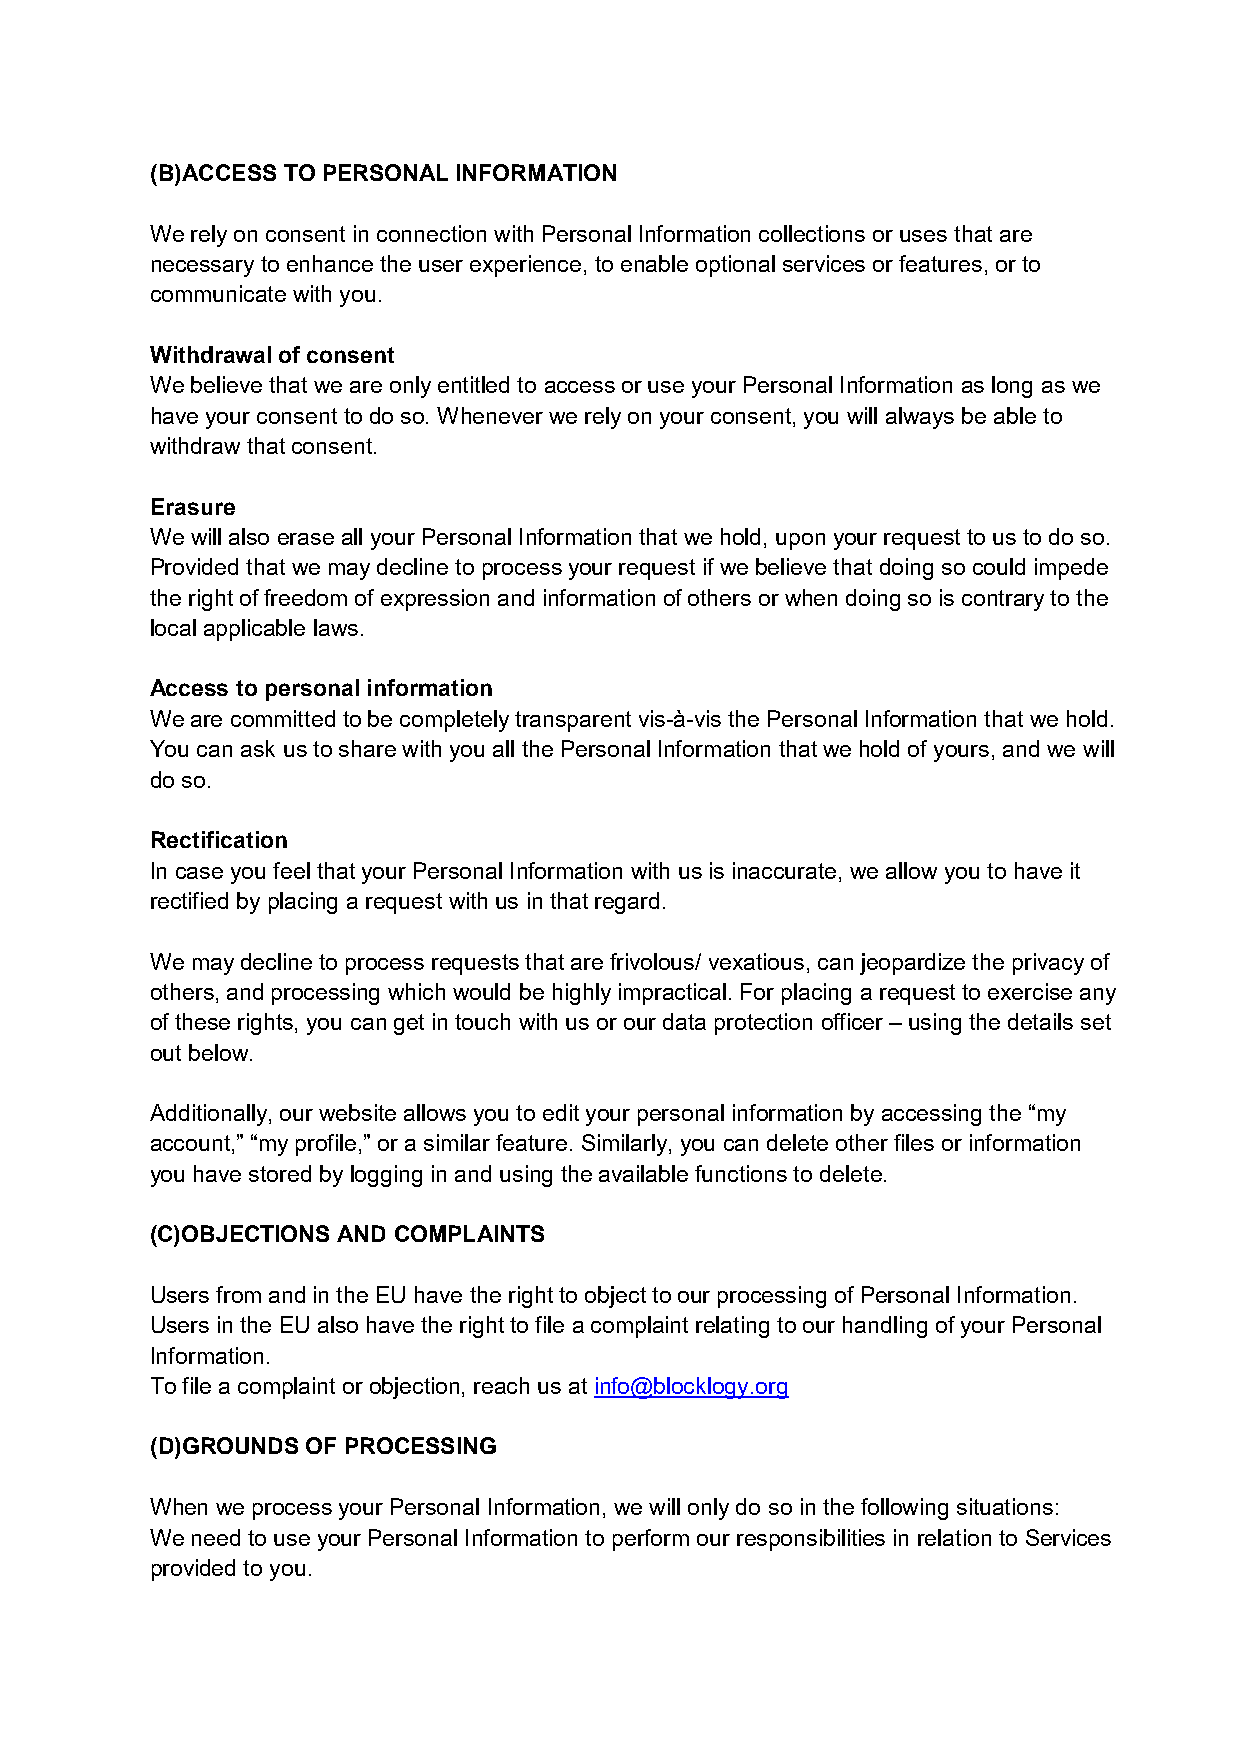
(B)ACCESS TO PERSONAL INFORMATION
 We rely on consent in connection with Personal Information collections or uses that are
 necessary to enhance the user experience, to enable optional services or features, or to
 communicate with you.
 Withdrawal of consent
 We believe that we are only entitled to access or use your Personal Information as long as we
 have your consent to do so. Whenever we rely on your consent, you will always be able to
 withdraw that consent.
 Erasure
 We will also erase all your Personal Information that we hold, upon your request to us to do so.
 Provided that we may decline to process your request if we believe that doing so could impede
 the right of freedom of expression and information of others or when doing so is contrary to the
 local applicable laws.
 Access to personal information
 We are committed to be completely transparent vis-à-vis the Personal Information that we hold.
 You can ask us to share with you all the Personal Information that we hold of yours, and we will
 do so.
 Rectification
 In case you feel that your Personal Information with us is inaccurate, we allow you to have it
 rectified by placing a request with us in that regard.
 We may decline to process requests that are frivolous/ vexatious, can jeopardize the privacy of
 others, and processing which would be highly impractical. For placing a request to exercise any
 of these rights, you can get in touch with us or our data protection officer – using the details set
 out below.
 Additionally, our website allows you to edit your personal information by accessing the “my
 account,” “my profile,” or a similar feature. Similarly, you can delete other files or information
 you have stored by logging in and using the available functions to delete.
 (C)OBJECTIONS AND COMPLAINTS
 Users from and in the EU have the right to object to our processing of Personal Information.
 Users in the EU also have the right to file a complaint relating to our handling of your Personal
 Information.
 To file a complaint or objection, reach us at info@blocklogy.org
 (D)GROUNDS OF PROCESSING
 When we process your Personal Information, we will only do so in the following situations:
 We need to use your Personal Information to perform our responsibilities in relation to Services
 provided to you.